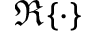
\Re \{ \cdot \}